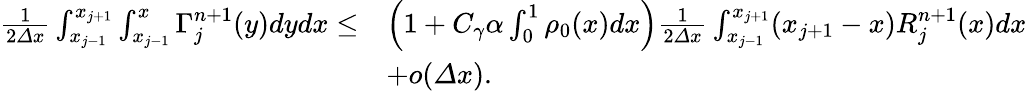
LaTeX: \begin{array}{rl}{\frac 1{2{\varDelta}x}\int_{x_{j-1}}^{x_{j+1}}\int_{x_{j-1}}^{x}\Gamma_{j}^{n+1}(y)dydx\leq}&{\left(1+C_{\gamma}\alpha\int_{0}^{1}\rho_{0}(x)dx\right)\frac 1{2{\varDelta}x}\int_{x_{j-1}}^{x_{j+1}}(x_{j+1}-x)R_{j}^{n+1}(x)dx}\\ &{+o({\varDelta}x).}\end{array}